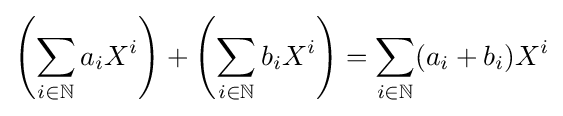
\left(\sum _{i\in \mathbb {N} }a_{i}X^{i}\right)+\left(\sum _{i\in \mathbb {N} }b_{i}X^{i}\right)=\sum _{i\in \mathbb {N} }(a_{i}+b_{i})X^{i}